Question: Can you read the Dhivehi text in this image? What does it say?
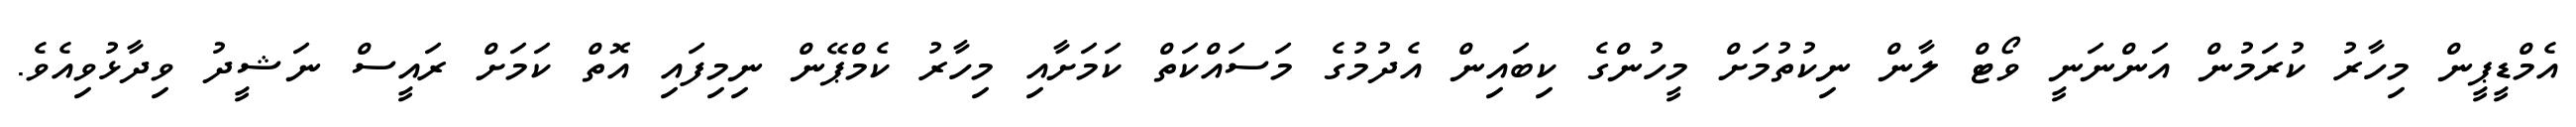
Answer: އެމްޑީޕީން މިހާރު ކުރަމުން އަންނަނީ ވޯޓް ލާން ނިކުތުމަށް މީހުންގެ ކިބައިން އެދުމުގެ މަސައްކަތް ކަމަށާއި މިހާރު ކެމްޕޭން ނިމިފައި އޮތް ކަމަށް ރައީސް ނަޝީދު ވިދާޅުވިއެވެ.